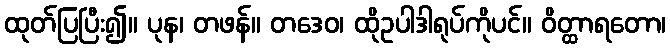
ထုတ်ပြပြီး၍။ ပုန၊ တဖန်။ တဒေဝ၊ ထိုဥပါဒါရုပ်ကိုပင်။ ဝိတ္ထာရတော၊